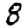
Digit: 8